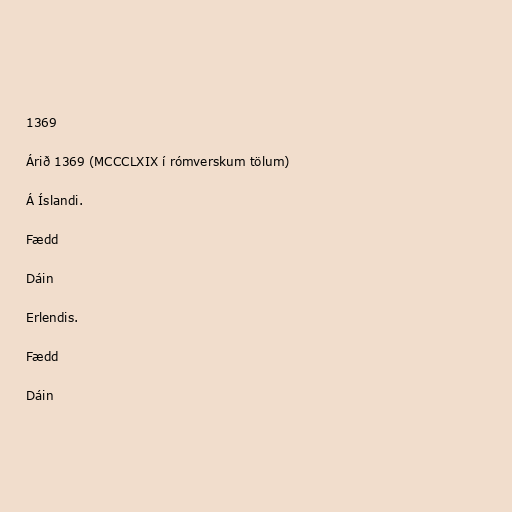
1369

Árið 1369 (MCCCLXIX í rómverskum tölum)

Á Íslandi.

Fædd

Dáin

Erlendis.

Fædd

Dáin